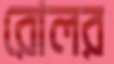
রোলর